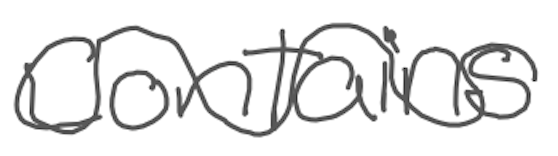
Text: contains
Cross-out: wave
Writing tool: digital_gray